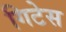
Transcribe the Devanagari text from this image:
गिटेस